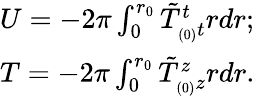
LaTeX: \begin{array}{ll}{{U=-2\pi\int_{0}^{r_{0}}\tilde{T}_{_{(0)}t}^{t}rdr;}}\\ {{T=-2\pi\int_{0}^{r_{0}}\tilde{T}_{_{(0)}z}^{z}rdr.}}\end{array}